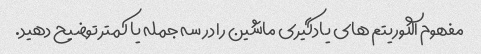
مفهوم الگوریتم های یادگیری ماشین را در سه جمله یا کمتر توضیح دهید.